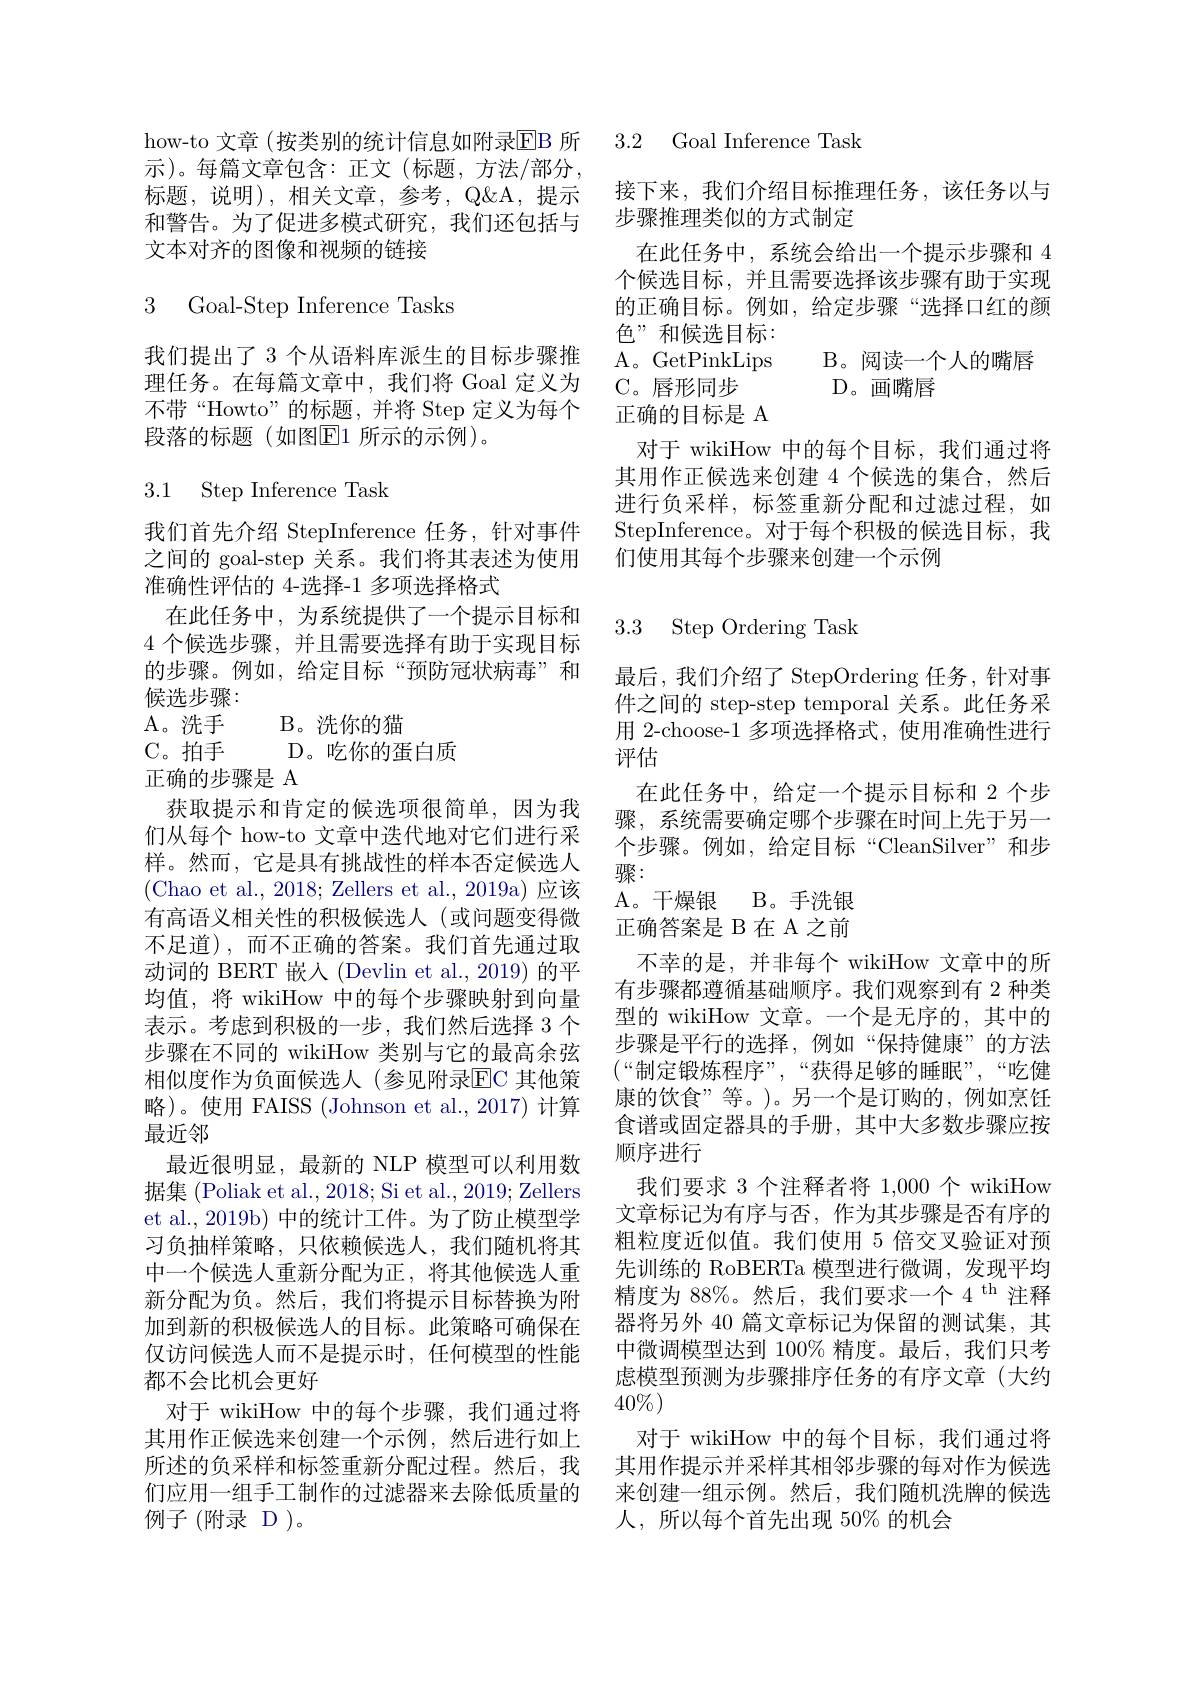
how-to 文章 (按类别的统计信息如附录$\overline{\mathrm{EB}}$ 所示)。每篇文章包含：正文(标题，方法/部分， 标题，说明),相关文章，参考，Q$\&A,提示$ 和警告。为了促进多模式研究，我们还包括与文本对齐的图像和视频的链接

3 Goal-Step Inference Tasks

我们提出了 3 个从语料库派生的目标步骤推理任务。在每篇文章中，我们将 Goal 定义为不带“Howto”的标题，并将 Step 定义为每个段落的标题(如图E1 所示的示例)。

### 3.1 Step Inference Task

我们首先介绍 StepInference 任务，针对事件

之间的 goal-step 关系。我们将其表述为使用

准确性评估的 4-选择-1 多项选择格式

在此任务中，为系统提供了一个提示目标和

4 个候选步骤，并且需要选择有助于实现目标

的步骤。例如，给定目标“预防冠状病毒”和

候选步骤：

A。洗 手

B。洗你的猫

C。拍手
D。吃你的蛋白质
正确的步骤是 A
获取提示和肯定的候选项很简单，因为我们从每个 how-to 文章中迭代地对它们进行采样。然而，它是具有挑战性的样本否定候选人(Chao et al., 2018; Zellers et al., 2019a) 应该有高语义相关性的积极候选人 (或问题变得微不足道),而不正确的答案。我们首先通过取动词的 BERT 嵌入 (Devlin et al., 2019) 的平均值，将 wikiHow 中的每个步骤映射到向量表示。考虑到积极的一步，我们然后选择 3 个步骤在不同的 wikiHow 类别与它的最高余弦相似度作为负面候选人(参见附录ElC 其他策略)。使用 FAISS (Johnson et al.,2017) 计算最近邻
最近很明显，最新的 NLP 模型可以利用数据集 (Poliak et al., 2018; Si et al., 2019; Zellers et al., 2019b) 中的统计工件。为了防止模型学习负抽样策略，只依赖候选人，我们随机将其中一个候选人重新分配为正，将其他候选人重新分配为负。然后，我们将提示目标替换为附加到新的积极候选人的目标。此策略可确保在仅访问候选人而不是提示时，任何模型的性能都不会比机会更好
对于 wikiHow 中的每个步骤，我们通过将其用作正候选来创建一个示例，然后进行如上所述的负采样和标签重新分配过程。然后，我们应用一组手工制作的过滤器来去除低质量的例子(附录 D)。

3.2 Goal Inference Task

接下来，我们介绍目标推理任务，该任务以与
步骤推理类似的方式制定
在此任务中，系统会给出一个提示步骤和 4个候选目标，并且需要选择该步骤有助于实现的正确目标。例如，给定步骤“选择口红的颜色”和候选目标： A。GetPinkLips
B。阅读一个人的嘴唇
C。唇形同步
D。画嘴唇
正确的目标是 A
对于 wikiHow 中的每个目标，我们通过将其用作正候选来创建 4 个候选的集合，然后进行负采样，标签重新分配和过滤过程，如StepInference。对于每个积极的候选目标，我们使用其每个步骤来创建一个示例

### 3.3 Step Ordering Task

最后，我们介绍了 StepOrdering 任务，针对事件之间的 step-step temporal 关系。此任务采用 2-choose-1 多项选择格式，使用准确性进行评估
在此任务中，给定一个提示目标和 2 个步骤，系统需要确定哪个步骤在时间上先于另一个步骤。例如，给定目标“CleanSilver”和步骤：
A。干燥银 B。手洗银正确答案是 B 在 A 之前
不幸的是，并非每个 wikiHow 文章中的所有步骤都遵循基础顺序。我们观察到有 2 种类型的 wikiHow 文章。一个是无序的，其中的步骤是平行的选择，例如“保持健康”的方法$(““制定锻炼程序”,“获得足够的睡眠”,“吃健$ 康的饮食”等。)。另一个是订购的，例如烹饪食谱或固定器具的手册，其中大多数步骤应按顺序进行
我们要求 3 个注释者将 1,000 个 wikiHow 文章标记为有序与否，作为其步骤是否有序的粗粒度近似值。我们使用 5 倍交叉验证对预先训练的 RoBERTa 模型进行微调，发现平均精度为 88%。然后，我们要求一个 4$^\mathrm{th}$注释器将另外 40 篇文章标记为保留的测试集，其中微调模型达到 100% 精度。最后，我们只考虑模型预测为步骤排序任务的有序文章(大约$40\%)$
对于 wikiHow 中的每个目标，我们通过将其用作提示并采样其相邻步骤的每对作为候选来创建一组示例。然后，我们随机洗牌的候选人，所以每个首先出现 50% 的机会